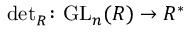
{ \mathrm { d e t } } _ { R } \colon { \mathrm { G L } } _ { n } ( R ) \to R ^ { * }